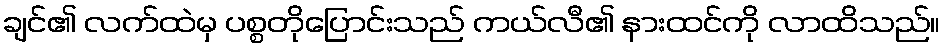
ချင်၏ လက်ထဲမှ ပစ္စတိုပြောင်းသည် ကယ်လီ၏ နားထင်ကို လာထိသည်။